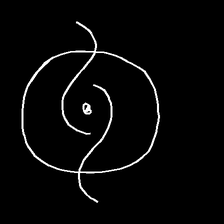
Glyph: repetition